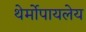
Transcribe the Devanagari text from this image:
थेर्मोपायलेय